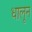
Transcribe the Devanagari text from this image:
धालून